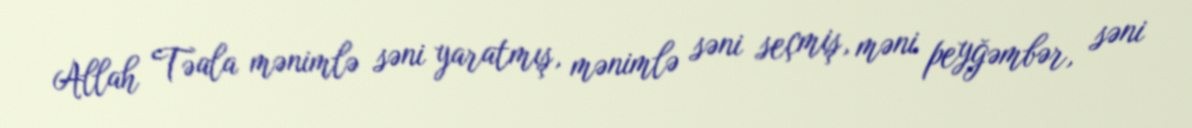
Allah Təala mənimlə səni yaratmış, mənimlə səni seçmiş, məni peyğəmbər, səni